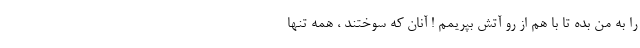
را به من بده تا با هم از رو آتش بپریمم ! آنان که سوختند ، همه تنها